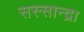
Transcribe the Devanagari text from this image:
सस्सान्द्रा